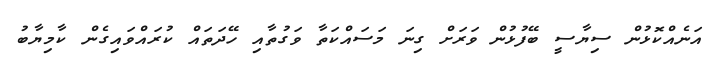
އަނެއްކޮޅުން ސިޔާސީ ބޭފުޅުން ވަރަށް ގިނަ މަސައްކަތާ ވަގުތާއި ހޭދަތައް ކުރައްވައިގެން ކާމިޔާބު